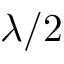
\lambda / 2